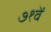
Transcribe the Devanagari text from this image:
७१वें